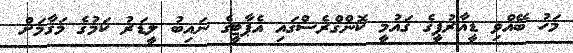
މަހު ބޭއްވި ޑީއާރުޕީގެ ޤައުމީ ކޮންގްރެސްގައި އެޕާޓީގެ ނައިބު ލީޑަރު ކަމުގެ މަޤާމަށް